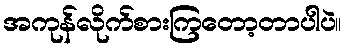
အကုန်လိုက်စားကြတော့တာပါပဲ။